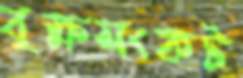
বৃক্ষসংকট